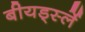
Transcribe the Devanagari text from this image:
बीयर्ड्स्ले